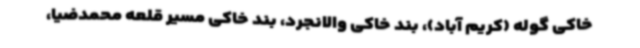
خاکی گوله (کریم آباد)، بند خاکی والانجرد، بند خاکی مسیر قلعه محمدضیا،